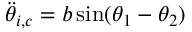
\ddot { \theta } _ { i , c } = b \sin ( \theta _ { 1 } - \theta _ { 2 } )